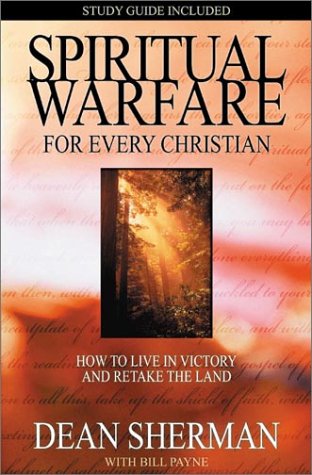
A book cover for Spiritual Warfare for Every Christian: How to Live in Victory and Retake the Land (From Dean Sherman); Dean Sherman; Christian Books & Bibles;